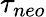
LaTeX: \tau_{neo}